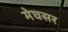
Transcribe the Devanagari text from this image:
मेघसर